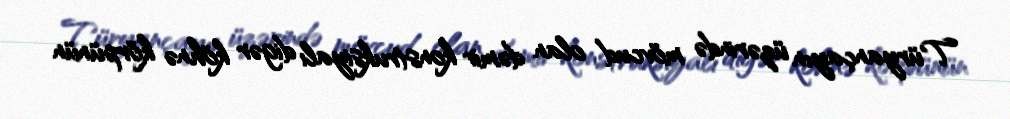
Türyançayın üzərində mövcud olan dəmir konstruksiyalı digər köhnə körpünün